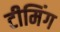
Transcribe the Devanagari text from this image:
टीमिंग